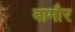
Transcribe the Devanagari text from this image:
बामौर